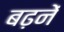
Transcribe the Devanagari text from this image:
बढ़नें